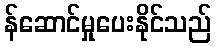
န်ဆောင်မှုပေးနိုင်သည်